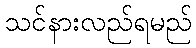
သင်နားလည်ရမည်